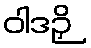
ဝါဒဉှိ